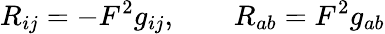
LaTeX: R_{ij}=-F^{2}g_{ij},\qquad R_{ab}=F^{2}g_{ab}